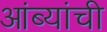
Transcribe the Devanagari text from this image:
आंब्यांची